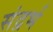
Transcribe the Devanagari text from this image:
संद्रर्भ